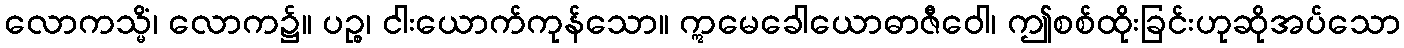
လောကသ္မိံ၊ လောက၌။ ပဉ္စ၊ ငါးယောက်ကုန်သော။ ဣမေခေါယောဓာဇီဝေါ၊ ဤစစ်ထိုးခြင်းဟုဆိုအပ်သော